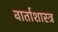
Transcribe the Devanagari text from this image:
वार्ताशास्त्र